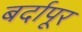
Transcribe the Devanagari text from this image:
बर्दापूर